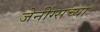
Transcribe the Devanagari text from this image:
जेनींग्सच्या